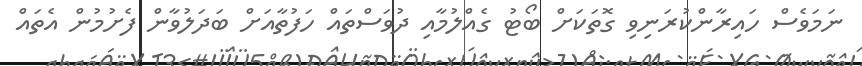
ނަމަވެސް ހައިރާންކުރަނިވި ގޮތަކަށް ބޯޓު ގެއްލުމާއި ދުވަސްތައް ހަފުތާއަށް ބަދަލުވާން ފެށުމުން އެތައް